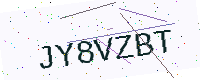
Text: JY8VZBT